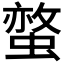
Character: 𧏅